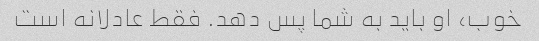
خوب، او باید به شما پس دهد. فقط عادلانه است